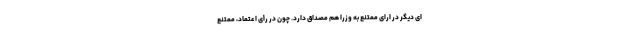
ای دیگر در ارای ممتنع به وزرا هم مصداق دارد. چون در رأی اعتماد، ممتنع